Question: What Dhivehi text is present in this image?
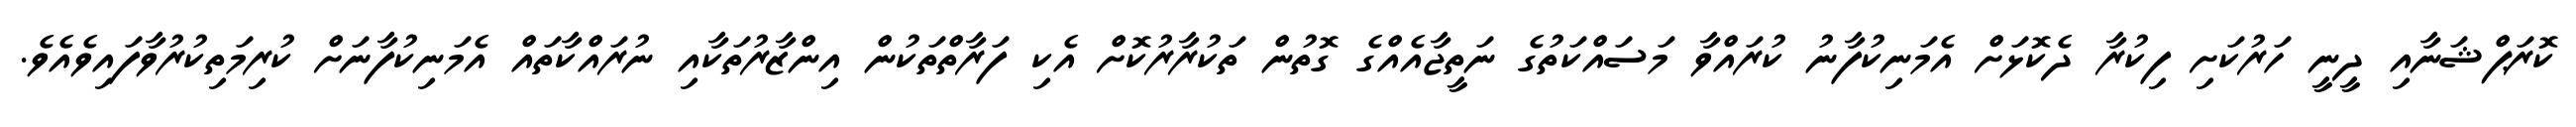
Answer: ކޮރަޕްޝަނާއި ދީނީ ހަރުކަށި ފިކުރާ ދެކޮޅަށް އެމަނިކުފާނު ކުރައްވާ މަސައްކަތުގެ ނަތީޖާއެއްގެ ގޮތުން ތަކުރާރުކޮށް އެކި ފަރާތްތަކުން އިންޒާރުތަކާއި ނުރައްކާތައް އެމަނިކުފާނަށް ކުރިމަތިކުރުވާފައިވެއެވެ.